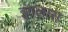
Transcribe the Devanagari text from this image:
इंगलास